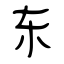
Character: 东